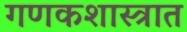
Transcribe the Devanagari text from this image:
गणकशास्त्रात